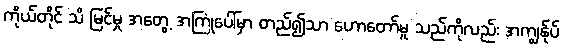
ကိုယ်တိုင် သိ မြင်မှု အတွေ့ အကြုံပေါ်မှာ တည်၍သာ ဟောတော်မူ သည်ကိုလည်း အကျွန်ုပ်